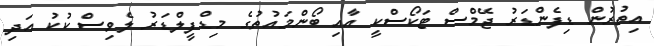
އިތުރުން ޑިފެންޑަރު ޖޭމްސް ޓަކޯސްކީ އާއި ބޯންމައުތުގެ މިޑްފީލްޑަރު ލެވިސް ކުކު އަދި